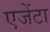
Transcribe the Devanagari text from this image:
एजेंटा